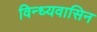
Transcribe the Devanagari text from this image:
विन्ध्यवासिन